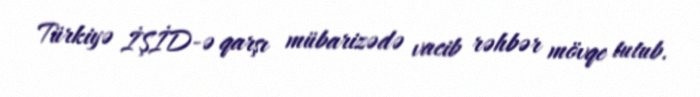
Türkiyə İŞİD-ə qarşı mübarizədə vacib rəhbər mövqe tutub.